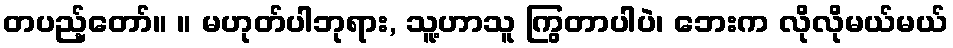
တပည့်တော်။ ။ မဟုတ်ပါဘုရား, သူ့ဟာသူ ကြွတာပါပဲ၊ ဘေးက လိုလိုမယ်မယ်